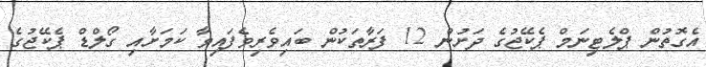
އެގޮތުން ޕްލެޓިނަމް ޕެކޭޖުގެ ދަށުން 12 ފަރާތަކުން ބައިވެރިވެފައިވާ ކަމަށާއި ގޯލްޑް ޕެކޭޖުގެ